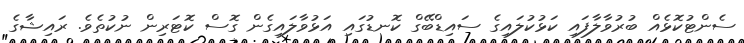
ސެންޓުކޮޅެއް ބުރުވާލާފައި ކަޅުކުލައިގެ ސައިޑްބޭގް ކޮނޑުގައި އަޅުވާލައިގެން ގޮސް ކޮޓަރިން ނުކުތެވެ. ރައިޝާގެ